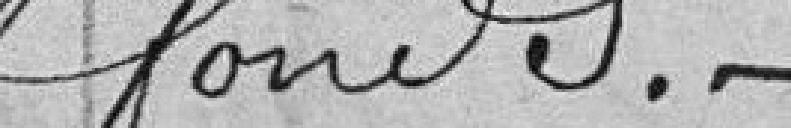
fonds.